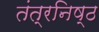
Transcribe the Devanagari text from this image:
तंत्रनिष्ठ